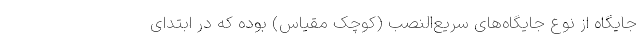
جایگاه از نوع جایگاه‌های سریع‌النصب (کوچک مقیاس) بوده که در ابتدای